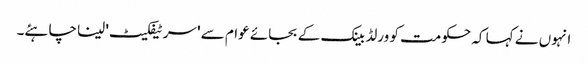
انہوں نے کہا کہ حکومت کو ورلڈ بینک کے بجائے عوام سے 'سرٹیفکیٹ' لینا چاہئے۔